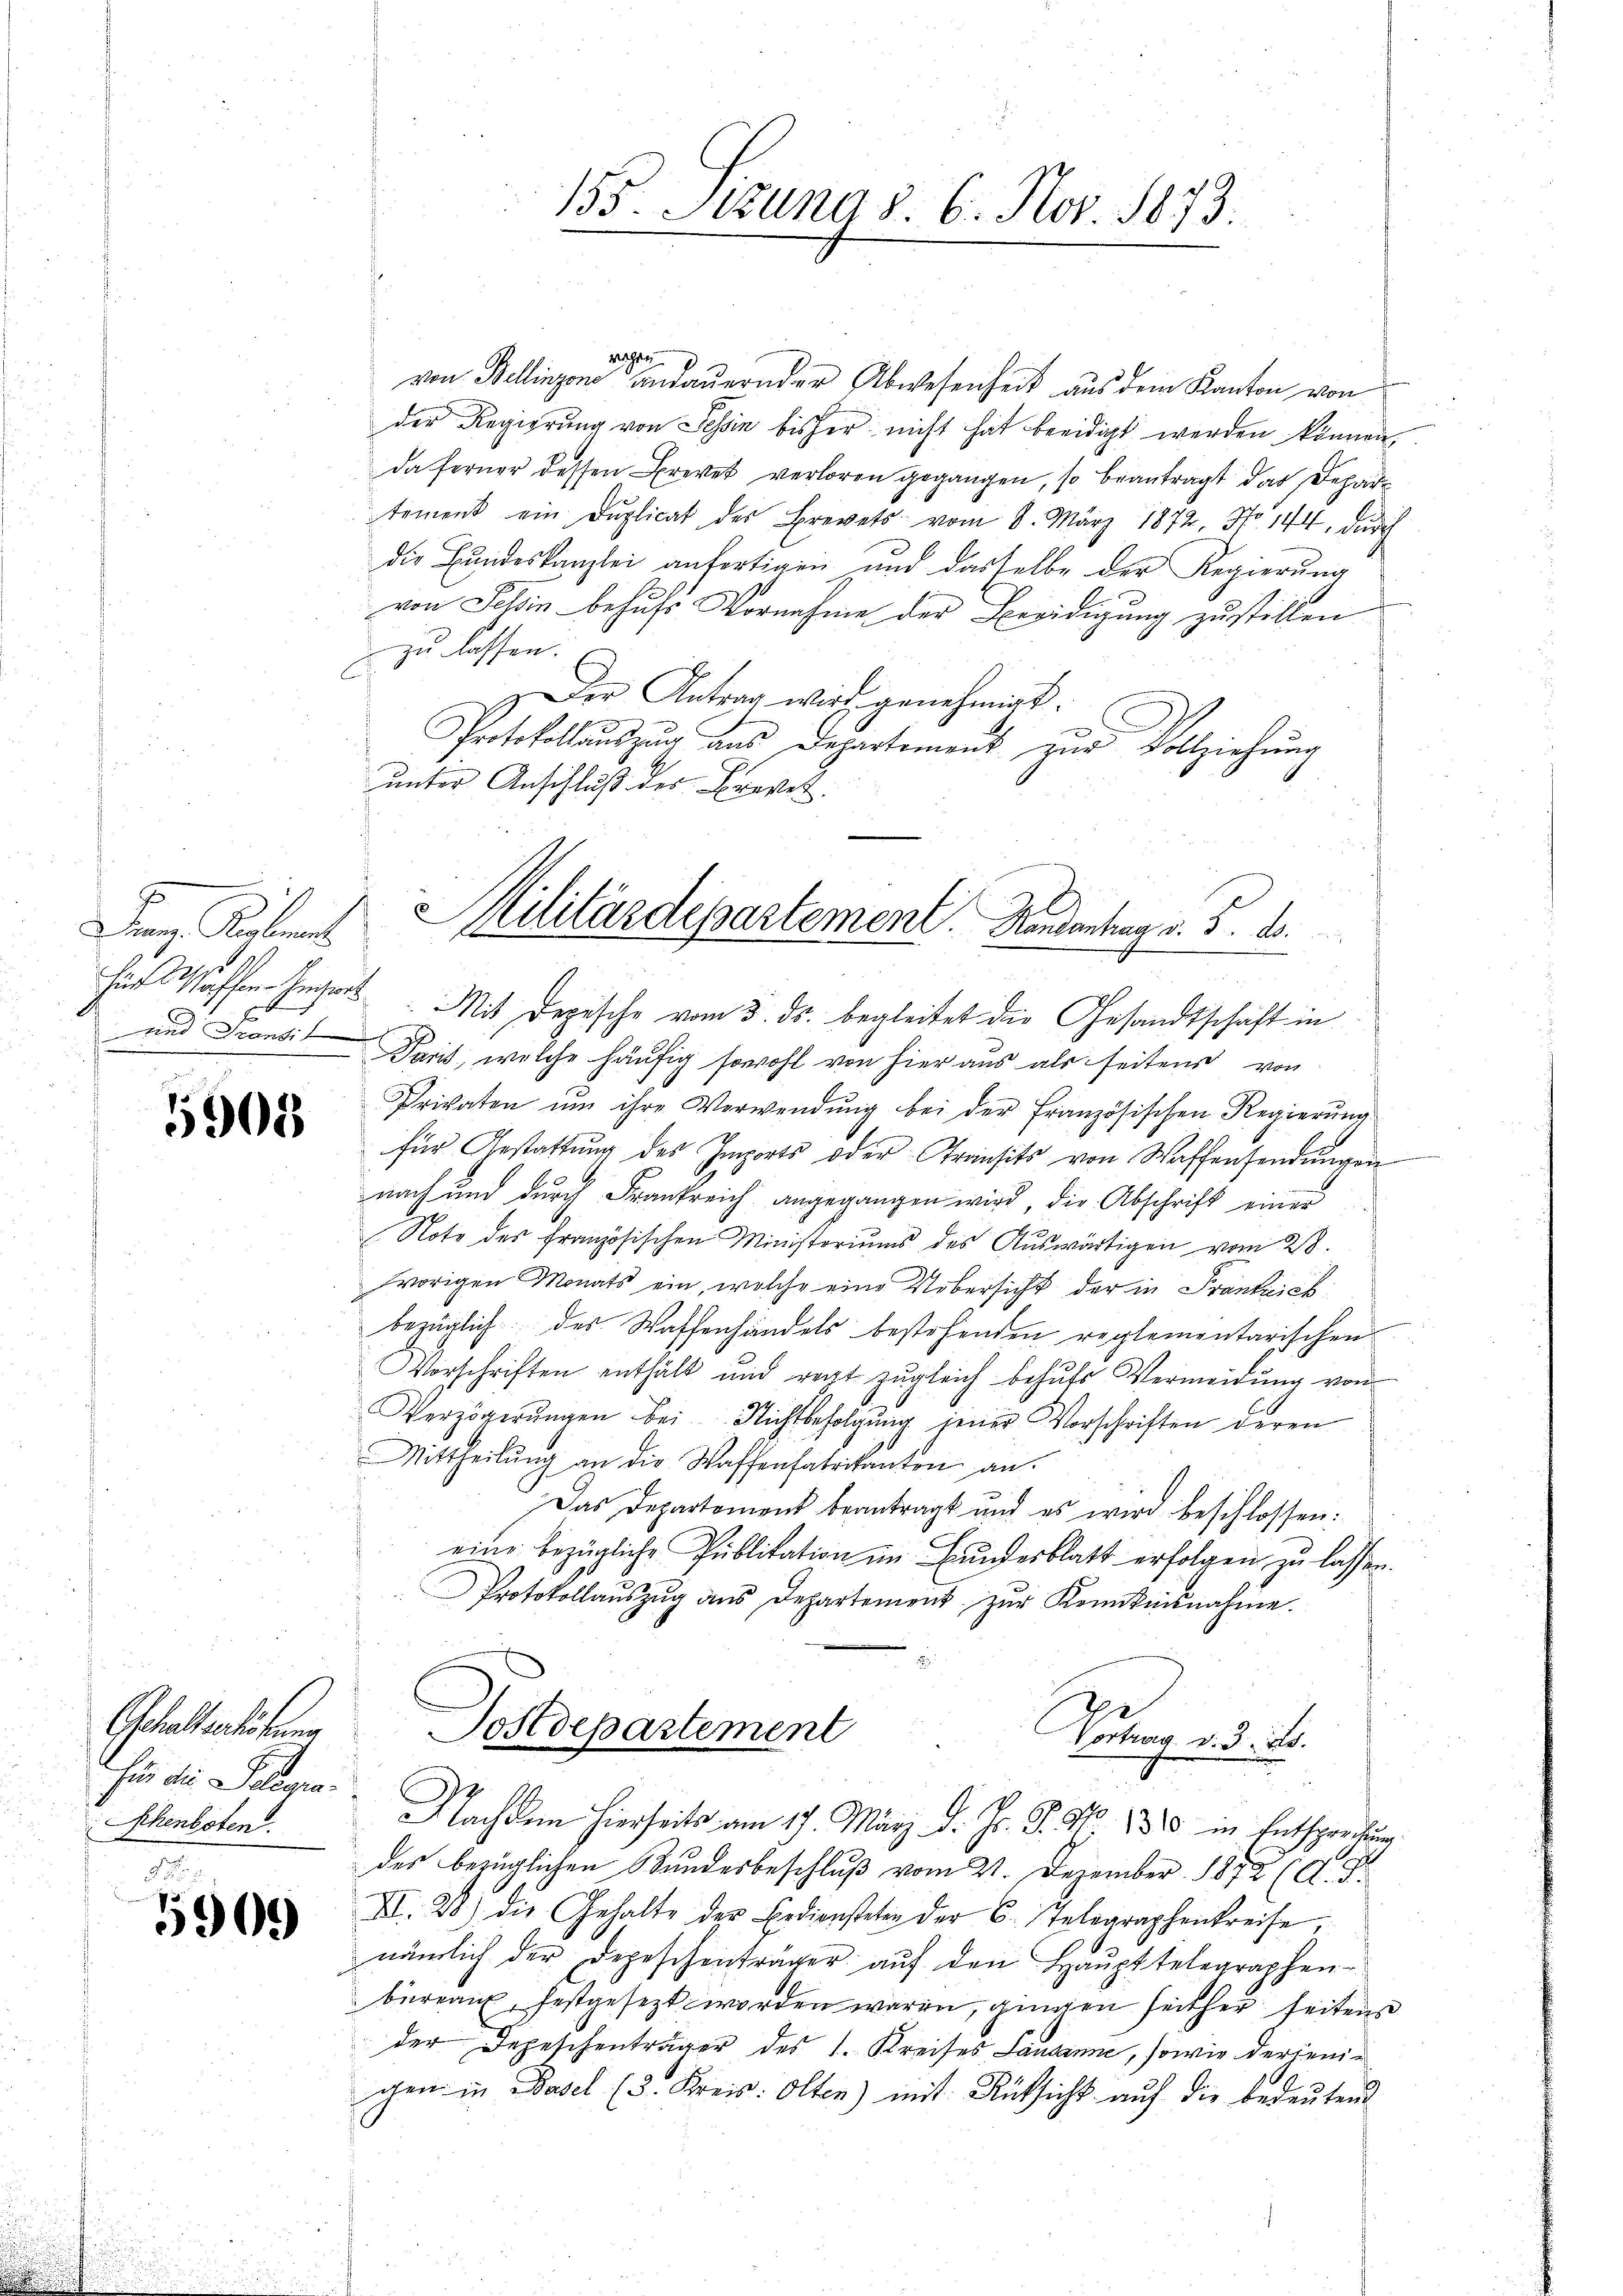
5
Franz. Reglement
Hür Waffen heger
und Grandi

5908.

Gehalterlösung
Für die Selegra¬
Schenboten.
5

5909

155. Sitzung d. 6. Nov. 1873.

wagen
0
von Bellinzone andauernder Abwesenheit aus dem Kanton von
der Regierung von Tessin bisher nicht hat beeidigt werden können,
da ferner dessen Brevet verloren gegangen, so beantragt dar Departement ein Duplicat des Brevets vom 8. März 1872, No. 144, durch
die Bundeskanzlei anfertigen und dasselbe der Regierung
von Tessin behŭfs Vornahme der Beeidigung zustellen
zu lassen.
 Der Antrag wird genehmigt.
Protokollaŭszŭg aŭs Departement zŭr Vollziehŭng
unter Anschluß der Brevel
Mit Depesche vom 3. ds. begleitet die Gesandtschaft in
Paris, welche häufig sowohl von hier aus als seitens von
Privaten ŭm ihre Verwendŭng bei der Französischen Regierŭng
für Gestattung des Imports oder Transits von Waffensendŭngen
nach und durch Frankreich angegangen wird, die Abschrift einer
Note des französischen Ministeriums des Auswärtigen vom 28.
vorigen Monats ein, welche eine Uebersicht der in Frantiiebbezüglich des Waschenhandels bestehenden reglementarischen
Vorschriften enthält und regt zŭgleich behŭfs Vermeidung von
Verzögerŭngen bei Nichtbefolgŭng jener Vorschriften deren
Mittheilŭng an die Waffenfabrikanten an.
Das Departement beantragt und es wird beschlossen:
eine bezügliche Publikation im Bundesblatt erfolgen zu lassen.
Protokollaŭszŭg aŭs Departement zŭr Kenntnisnahme.
Postdepartement
Vortrag und 14.
Nachdem hierseits am 17. März d. Js. S. No. 1880 in Entsprechung
der bezüglichen Bundesbeschluß vom 21. Dezember 1872 (A. T.
XI. 28) die Gehalte der Bediensteter der C. Telegraphenkreise,
nämlich der Depeschentrager auf den Haupttelegraphen-
büreau, festgesezt worden waren, gingen seither seitens
der Depeschenträger des 1. Kreises Landanne, sowie derjenigen in Basel (3. Kreis: Olten) mit Rücksicht auf die bedeutend

Militärdepartement. Hendantrag v. 5. B.